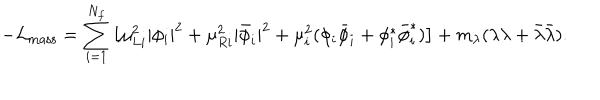
- { \cal L } _ { \mathrm { m a s s } } = \sum _ { i = 1 } ^ { N _ { f } } { \big [ } \mu _ { L i } ^ { 2 } | \phi _ { i } | ^ { 2 } + \mu _ { R i } ^ { 2 } | { \bar { \phi } } _ { i } | ^ { 2 } + \mu _ { i } ^ { 2 } ( \phi _ { i } { \bar { \phi } } _ { i } + \phi _ { i } ^ { \ast } { \bar { \phi } } _ { i } ^ { \ast } ) { \big ] } + m _ { \lambda } ( \lambda \lambda + \bar { \lambda } \bar { \lambda } ) .